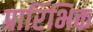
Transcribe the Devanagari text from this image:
प्रारिंभिक